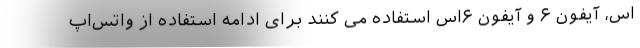
اس، آیفون ۶ و آیفون ۶اس استفاده می کنند برای ادامه استفاده از واتس‌اپ